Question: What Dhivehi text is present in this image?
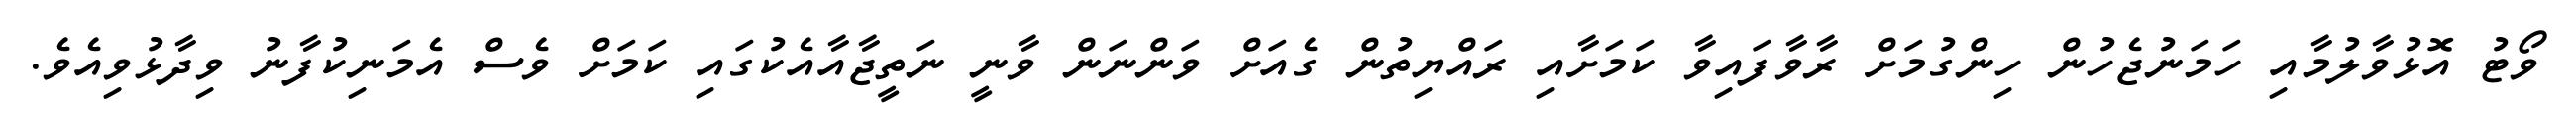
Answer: ވޯޓު އޮޅުވާލުމާއި ހަމަނުޖެހުން ހިންގުމަށް ރާވާފައިވާ ކަމަށާއި ރައްޔިތުން ގެއަށް ވަންނަން ވާނީ ނަތީޖާއާއެކުގައި ކަމަށް ވެސް އެމަނިކުފާނު ވިދާޅުވިއެވެ.